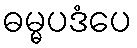
ဓမ္မပဒံပေ